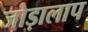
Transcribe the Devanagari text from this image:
जोड़ालाप